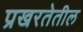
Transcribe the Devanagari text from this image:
प्रखरतेतील